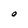
Character: O